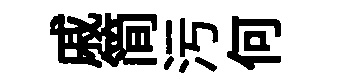
戚简污何